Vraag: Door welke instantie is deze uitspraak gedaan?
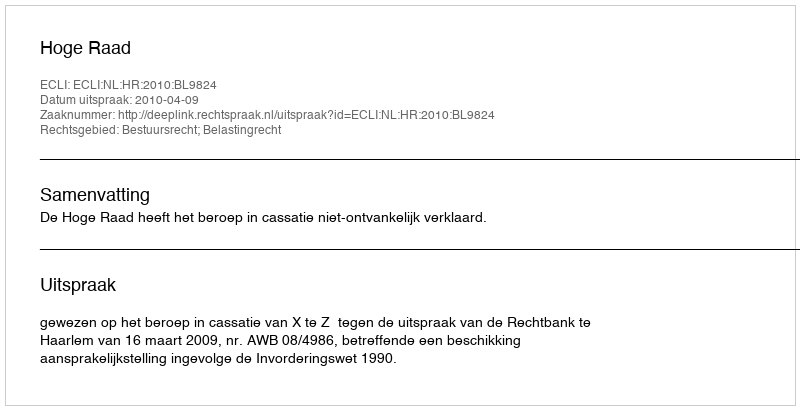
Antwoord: Hoge Raad